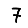
Digit: 7